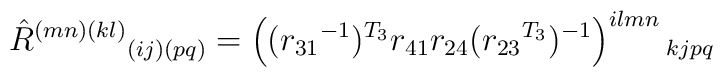
\hat{R}^{(mn)(kl)}{}_{(ij)(pq)} = \left(({r_{31}}^{-1})^{T_{3}} r_{41} r_{24}({r_{23}}^{T_{3}})^{-1}\right)^{ilmn}{}_{kjpq}